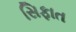
સિફાત